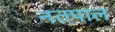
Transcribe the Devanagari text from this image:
नतपाल